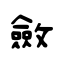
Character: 斂